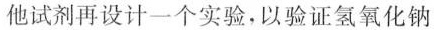
他试剂再设计一个实验，以验证氢氧化钠